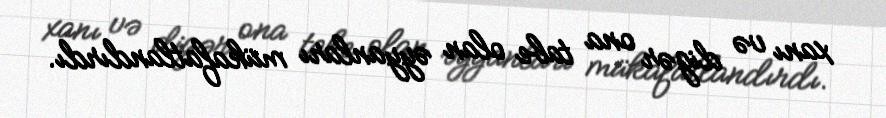
xanı və digər ona tabe olan əyyanları mükafatlandırdı.